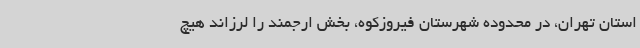
استان تهران، در محدوده شهرستان فیروزکوه، بخش ارجمند را لرزاند هیچ